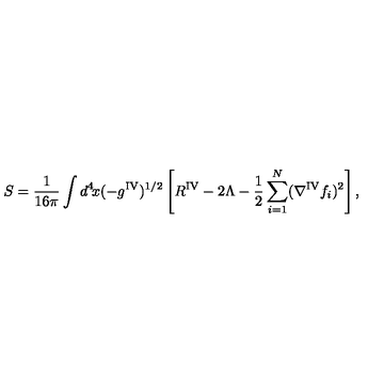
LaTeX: S = \frac { 1 } { 1 6 \pi } \int d ^ { 4 } \! x ( - g ^ { \mathrm { I V } } ) ^ { 1 / 2 } \left[ R ^ { \mathrm { I V } } - 2 \Lambda - \frac { 1 } { 2 } \sum _ { i = 1 } ^ { N } ( \nabla ^ { \mathrm { I V } } f _ { i } ) ^ { 2 } \right] ,